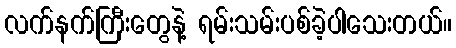
လက်နက်ကြီးတွေနဲ့ ရမ်းသမ်းပစ်ခဲ့ပါသေးတယ်။